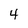
Character: 4